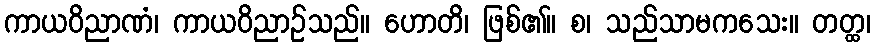
ကာယဝိညာဏံ၊ ကာယဝိညာဉ်သည်။ ဟောတိ၊ ဖြစ်၏။ စ၊ သည်သာမကသေး။ တတ္ထ၊